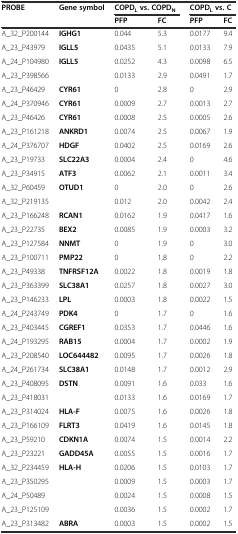
<table><thead><tr><td><b>PROBE</b></td><td><b>Gene symbol</b></td><td colspan="2"><b>COPD<sub>L</sub>vs. COPD<sub>N</sub></b></td><td colspan="2"><b>COPD<sub>L</sub>vs. C</b></td></tr><tr><td></td><td></td><td><b>PFP</b></td><td><b>FC</b></td><td><b>PFP</b></td><td><b>FC</b></td></tr></thead><tbody><tr><td>A_32_P200144</td><td><b>IGHG1</b></td><td>0.044</td><td>5.3</td><td>0.0177</td><td>9.4</td></tr><tr><td>A_23_P43979</td><td><b>IGLL5</b></td><td>0.0435</td><td>5.1</td><td>0.0133</td><td>7.9</td></tr><tr><td>A_24_P104980</td><td><b>IGLL5</b></td><td>0.0252</td><td>4.3</td><td>0.0098</td><td>6.5</td></tr><tr><td>A_23_P398566</td><td></td><td>0.0133</td><td>2.9</td><td>0.0491</td><td>1.7</td></tr><tr><td>A_23_P46429</td><td><b>CYR61</b></td><td>0</td><td>2.8</td><td>0</td><td>2.9</td></tr><tr><td>A_24_P370946</td><td><b>CYR61</b></td><td>0.0009</td><td>2.7</td><td>0.0013</td><td>2.7</td></tr><tr><td>A_23_P46426</td><td><b>CYR61</b></td><td>0.0008</td><td>2.5</td><td>0.0005</td><td>2.6</td></tr><tr><td>A_23_P161218</td><td><b>ANKRD1</b></td><td>0.0074</td><td>2.5</td><td>0.0067</td><td>1.9</td></tr><tr><td>A_24_P376707</td><td><b>HDGF</b></td><td>0.0402</td><td>2.5</td><td>0.0169</td><td>2.6</td></tr><tr><td>A_23_P19733</td><td><b>SLC22A3</b></td><td>0.0004</td><td>2.4</td><td>0</td><td>4.6</td></tr><tr><td>A_23_P34915</td><td><b>ATF3</b></td><td>0.0062</td><td>2.1</td><td>0.0011</td><td>3.4</td></tr><tr><td>A_32_P60459</td><td><b>OTUD1</b></td><td>0</td><td>2.0</td><td>0</td><td>2.6</td></tr><tr><td>A_32_P219135</td><td></td><td>0.012</td><td>2.0</td><td>0.0042</td><td>2.4</td></tr><tr><td>A_23_P166248</td><td><b>RCAN1</b></td><td>0.0162</td><td>1.9</td><td>0.0417</td><td>1.6</td></tr><tr><td>A_23_P22735</td><td><b>BEX2</b></td><td>0.0085</td><td>1.9</td><td>0.0003</td><td>3.2</td></tr><tr><td>A_23_P127584</td><td><b>NNMT</b></td><td>0</td><td>1.9</td><td>0</td><td>3.0</td></tr><tr><td>A_23_P100711</td><td><b>PMP22</b></td><td>0</td><td>1.8</td><td>0</td><td>2.2</td></tr><tr><td>A_23_P49338</td><td><b>TNFRSF12A</b></td><td>0.0022</td><td>1.8</td><td>0.0019</td><td>1.8</td></tr><tr><td>A_23_P363399</td><td><b>SLC38A1</b></td><td>0.0257</td><td>1.8</td><td>0.0027</td><td>3.0</td></tr><tr><td>A_23_P146233</td><td><b>LPL</b></td><td>0.0003</td><td>1.8</td><td>0.0022</td><td>1.5</td></tr><tr><td>A_24_P243749</td><td><b>PDK4</b></td><td>0</td><td>1.7</td><td>0</td><td>1.6</td></tr><tr><td>A_23_P403445</td><td><b>CGREF1</b></td><td>0.0353</td><td>1.7</td><td>0.0446</td><td>1.6</td></tr><tr><td>A_24_P193295</td><td><b>RAB15</b></td><td>0.0004</td><td>1.7</td><td>0.0002</td><td>1.9</td></tr><tr><td>A_23_P208540</td><td><b>LOC644482</b></td><td>0.0095</td><td>1.7</td><td>0.0026</td><td>1.8</td></tr><tr><td>A_24_P261734</td><td><b>SLC38A1</b></td><td>0.0148</td><td>1.7</td><td>0.0012</td><td>2.9</td></tr><tr><td>A_23_P408095</td><td><b>DSTN</b></td><td>0.0091</td><td>1.6</td><td>0.033</td><td>1.6</td></tr><tr><td>A_23_P418031</td><td></td><td>0.0133</td><td>1.6</td><td>0.0169</td><td>1.7</td></tr><tr><td>A_23_P314024</td><td><b>HLA-F</b></td><td>0.0075</td><td>1.6</td><td>0.0026</td><td>1.8</td></tr><tr><td>A_23_P166109</td><td><b>FLRT3</b></td><td>0.0419</td><td>1.6</td><td>0.0145</td><td>1.8</td></tr><tr><td>A_23_P59210</td><td><b>CDKN1A</b></td><td>0.0074</td><td>1.5</td><td>0.0014</td><td>2.2</td></tr><tr><td>A_23_P23221</td><td><b>GADD45A</b></td><td>0.0055</td><td>1.5</td><td>0.0016</td><td>1.7</td></tr><tr><td>A_32_P234459</td><td><b>HLA-H</b></td><td>0.0206</td><td>1.5</td><td>0.0103</td><td>1.7</td></tr><tr><td>A_23_P350295</td><td></td><td>0.0009</td><td>1.5</td><td>0.0003</td><td>1.7</td></tr><tr><td>A_24_P50489</td><td></td><td>0.0024</td><td>1.5</td><td>0.0008</td><td>1.5</td></tr><tr><td>A_23_P125109</td><td></td><td>0.0036</td><td>1.5</td><td>0.0002</td><td>1.7</td></tr><tr><td>A_23_P313482</td><td><b>ABRA</b></td><td>0.0003</td><td>1.5</td><td>0.0002</td><td>1.5</td></tr></tbody></table>